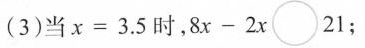
(3)当 $$x = 3 . 5$$ 时, $$8 x - 2 x \circ 2 1$$;